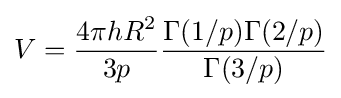
V={\frac {4\pi hR^{2}}{3p}}{\frac {\Gamma (1/p)\Gamma (2/p)}{\Gamma (3/p)}}